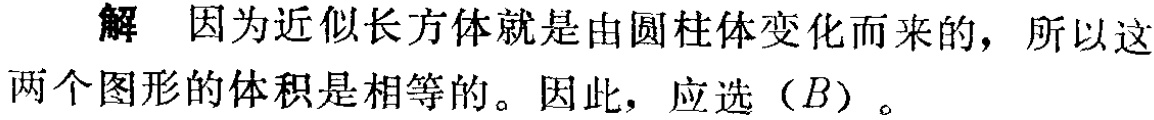
解 因为近似长方体就是由圆柱体变化而来的，所以这两个图形的体积是相等的。因此，应选（\(B\)）。